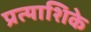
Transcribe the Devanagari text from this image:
प्रत्याशिके